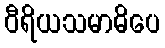
ဝီရိယသမာဓိပေ